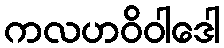
ကလဟဝိဝါဒေါ